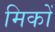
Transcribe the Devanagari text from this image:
मिकों